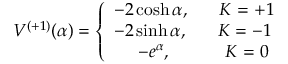
V ^ { ( + 1 ) } ( \alpha ) = \left\{ \begin{array} { l } { { - 2 \cosh \alpha , \; \; \; \; \; \; K = + 1 } } \\ { { - 2 \sinh \alpha , \; \; \; \; \; \; K = - 1 } } \\ { { \; \; \; \; \; - e ^ { \alpha } , \; \; \; \; \; \; \; \; \; \; \; K = 0 } } \end{array} \right.